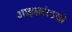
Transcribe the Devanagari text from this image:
आइसलंडची